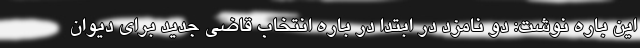
این باره نوشت: دو نامزد در ابتدا در باره انتخاب قاضی جدید برای دیوان